Civil Veterinary Department. United Provinces 1912-22 - 1912-1922
Year: 1912
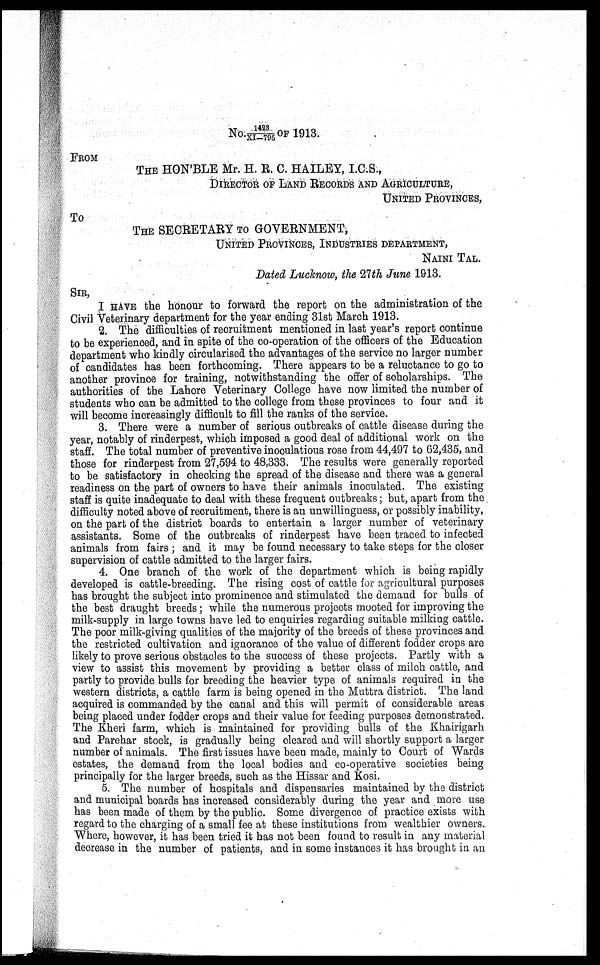
NO1423/XI-795 OF 1913.
FROM
THE HON'BLE Mr. H. R. C. HAILEY, I.C.S.,
DIRECTOR OF LAND RECORDS AND AGRICULTURE,
UNITED PROVINCE,
TO
THE SECRETARY TO GOVERNMENT,
UNITED PROVINCE, INDUSTRIES DEPARTMENT,
NAINI TAL.
Dated Lucknow, the 27th June 1913.
SIR,
I HAVE the honour to forward the report on the administration of the
Civil Veterinary department for the year ending 31st March 1913.
2. The difficulties of recruitment mentioned in last year's report continue
to be experienced, and in spite of the co-operation of the officers of the Education
department who kindly circularised the advantages of the service no larger number
of candidates has been forthcoming. There appears to be a reluctance to go to
another province for training, notwithstanding the offer of scholarships. The
authorities of the Lahore Veterinary College have now limited the number of
students who can be admitted to the college from these provinces to four and it
will become increasingly difficult to fill the ranks of the service.
3. There were a number of serious outbreaks of cattle disease during the
year, notably of rinderpest, which imposed a good deal of additional work on the
staff. The total number of preventive inoculatious rose from 44,497 to 62,435, and
those for rinderpest from 27,594 to 48,333. The results were generally reported
to be satisfactory in checking the spread of the disease and there was a general
readiness on the part of owners to have their animals inoculated. The existing
staff is quite inadequate to deal with these frequent outbreaks; but, apart from the
difficulty noted above of recruitment, there is an unwillingness, or possibly inability,
on the part of the district boards to entertain a larger number of veterinary
assistants. Some of the outbreaks of rinderpest have been traced to infected
animals from fairs; and it may be found necessary to take steps for the closer
supervision of cattle admitted to the larger fairs.
4. One branch of the work of the department which is being rapidly
developed is cattle-breeding. The rising cost of cattle for agricultural purposes
has brought the subject into prominence and stimulated the demand for bulls of
the best draught breeds; while the numerous projects mooted for improving the
milk-supply in large towns have led to enquiries regarding suitable milking cattle.
The poor milk-giving qualities of the majority of the breeds of these provinces and
the restricted cultivation and ignorance of the value of different fodder crops are
likely to prove serious obstacles to the success of these projects. Partly with a
view to assist this movement by providing a better class of milch cattle, and
partly to provide bulls for breeding the heavier type of animals required in the
western districts, a cattle farm is being opened in the Muttra district. The land
acquired is commanded by the canal and this will permit of considerable areas
being placed under fodder crops and their value for feeding purposes demonstrated.
The Kheri farm, which is maintained for providing bulls of the Khairigarh
and Parehar stock, is gradually being cleared and will shortly support a larger
number of animals. The first issues have been made, mainly to Court of Wards
estates, the demand from the local bodies and co-operative societies being
principally for the larger breeds, such as the Hissar and Kosi.
5. The number of hospitals and dispensaries maintained by the district
and municipal boards has increased considerably during the year and more use
has been made of them by the public. Some divergence of practice exists with
regard to the charging of a small fee at these institutions from wealthier owners.
Where, however, it has been tried it has not been found to result in any material
decrease in the number of patients, and in some instances it has brought in an